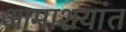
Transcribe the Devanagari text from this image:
आमाशयांत